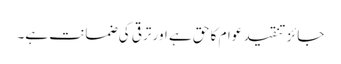
جائز تنقید عوام کا حق ہے اور ترقی کی ضمانت ہے۔